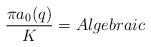
LaTeX: \begin{align*}\frac{\pi a_0(q)}{K}=Algebraic\end{align*}